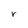
Character: r